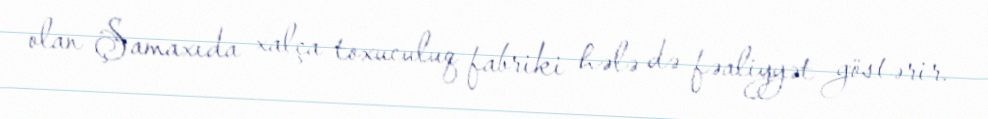
olan Şamaxıda xalça toxuculuq fabriki hələ də fəaliyyət göstərir.